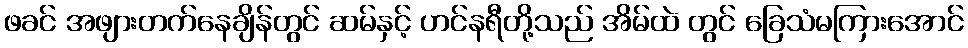
ဖခင် အဖျားတက်နေချိန်တွင် ဆမ်နှင့် ဟင်နရီတို့သည် အိမ်ထဲ တွင် ခြေသံမကြားအောင်